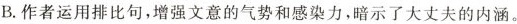
B.作者运用排比句，增强文意的气势和感染力，暗示了大丈夫的内涵。